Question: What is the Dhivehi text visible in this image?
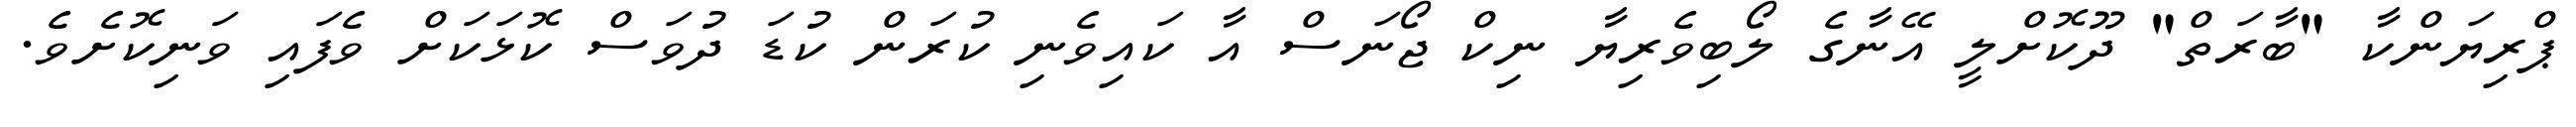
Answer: ޕްރިޔަންކާ "ބާރަތް" ދޫކޮށްލީ އޭނާގެ ލޯބިވެރިޔާ ނިކް ޖޯނަސް އާ ކައިވެނި ކުރަން ކުޑަ ދުވަސް ކޮޅަކަށް ވެފައި ވަނިކޮށެވެ.